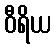
ဝီရိယ